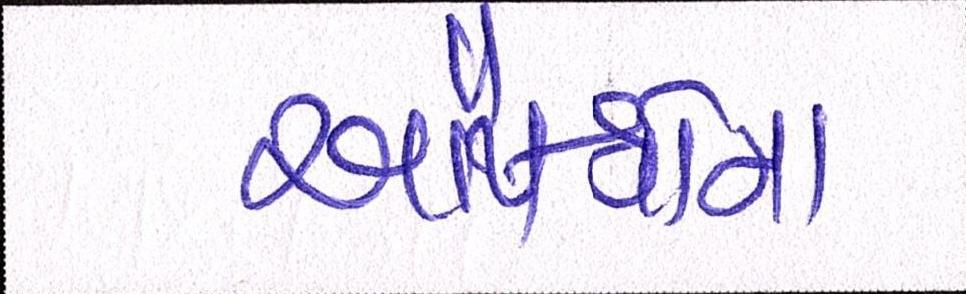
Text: ઔષધોના